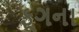
ફૂગના